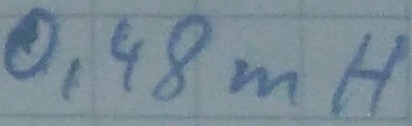
Text: 0,48mH